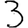
Digit: 3